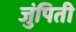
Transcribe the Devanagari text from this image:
जुंपिती